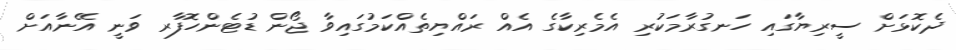
ދެކޮޅަށް ސީރިޔާގައި ހަނގުރާމަކުރި އެމެރިކާގެ އެއް ރައްޔިތެއްކަމުގައިވާ ޖޯން ޑުޓެންހޮފާރ ވަނީ އޭނާއަށް